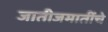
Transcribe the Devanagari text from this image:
जातीजमातींचे